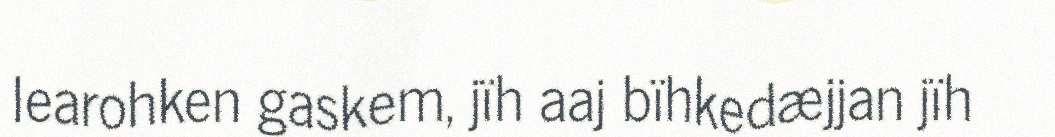
learohken gaskem, jïh aaj bïhkedæjjan jïh